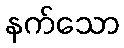
နက်သော